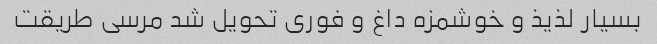
بسیار لذیذ و خوشمزه داغ و فوری تحویل شد مرسی طریقت